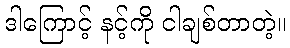
ဒါကြောင့် နင့်ကို ငါချစ်တာတဲ့။